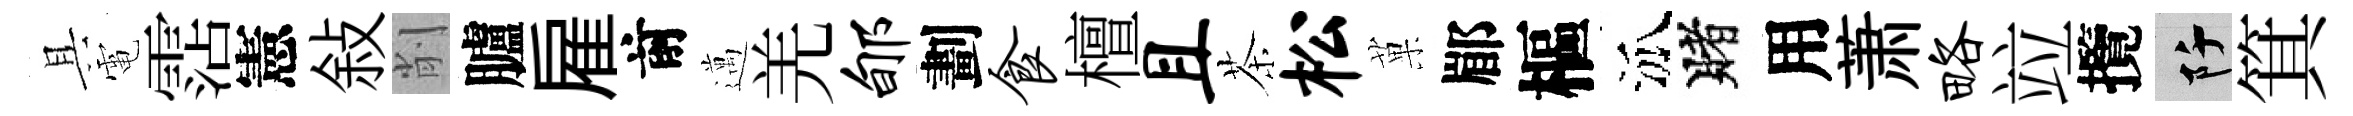
具電霑憲敍削臚雇前邁羌郇劃食檀且茶松菓郿樞泒賭用萧略竝攬阡箕